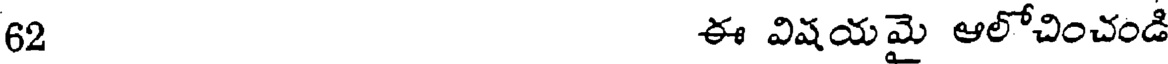
62 ఈ విషయమై ఆలోచించండి